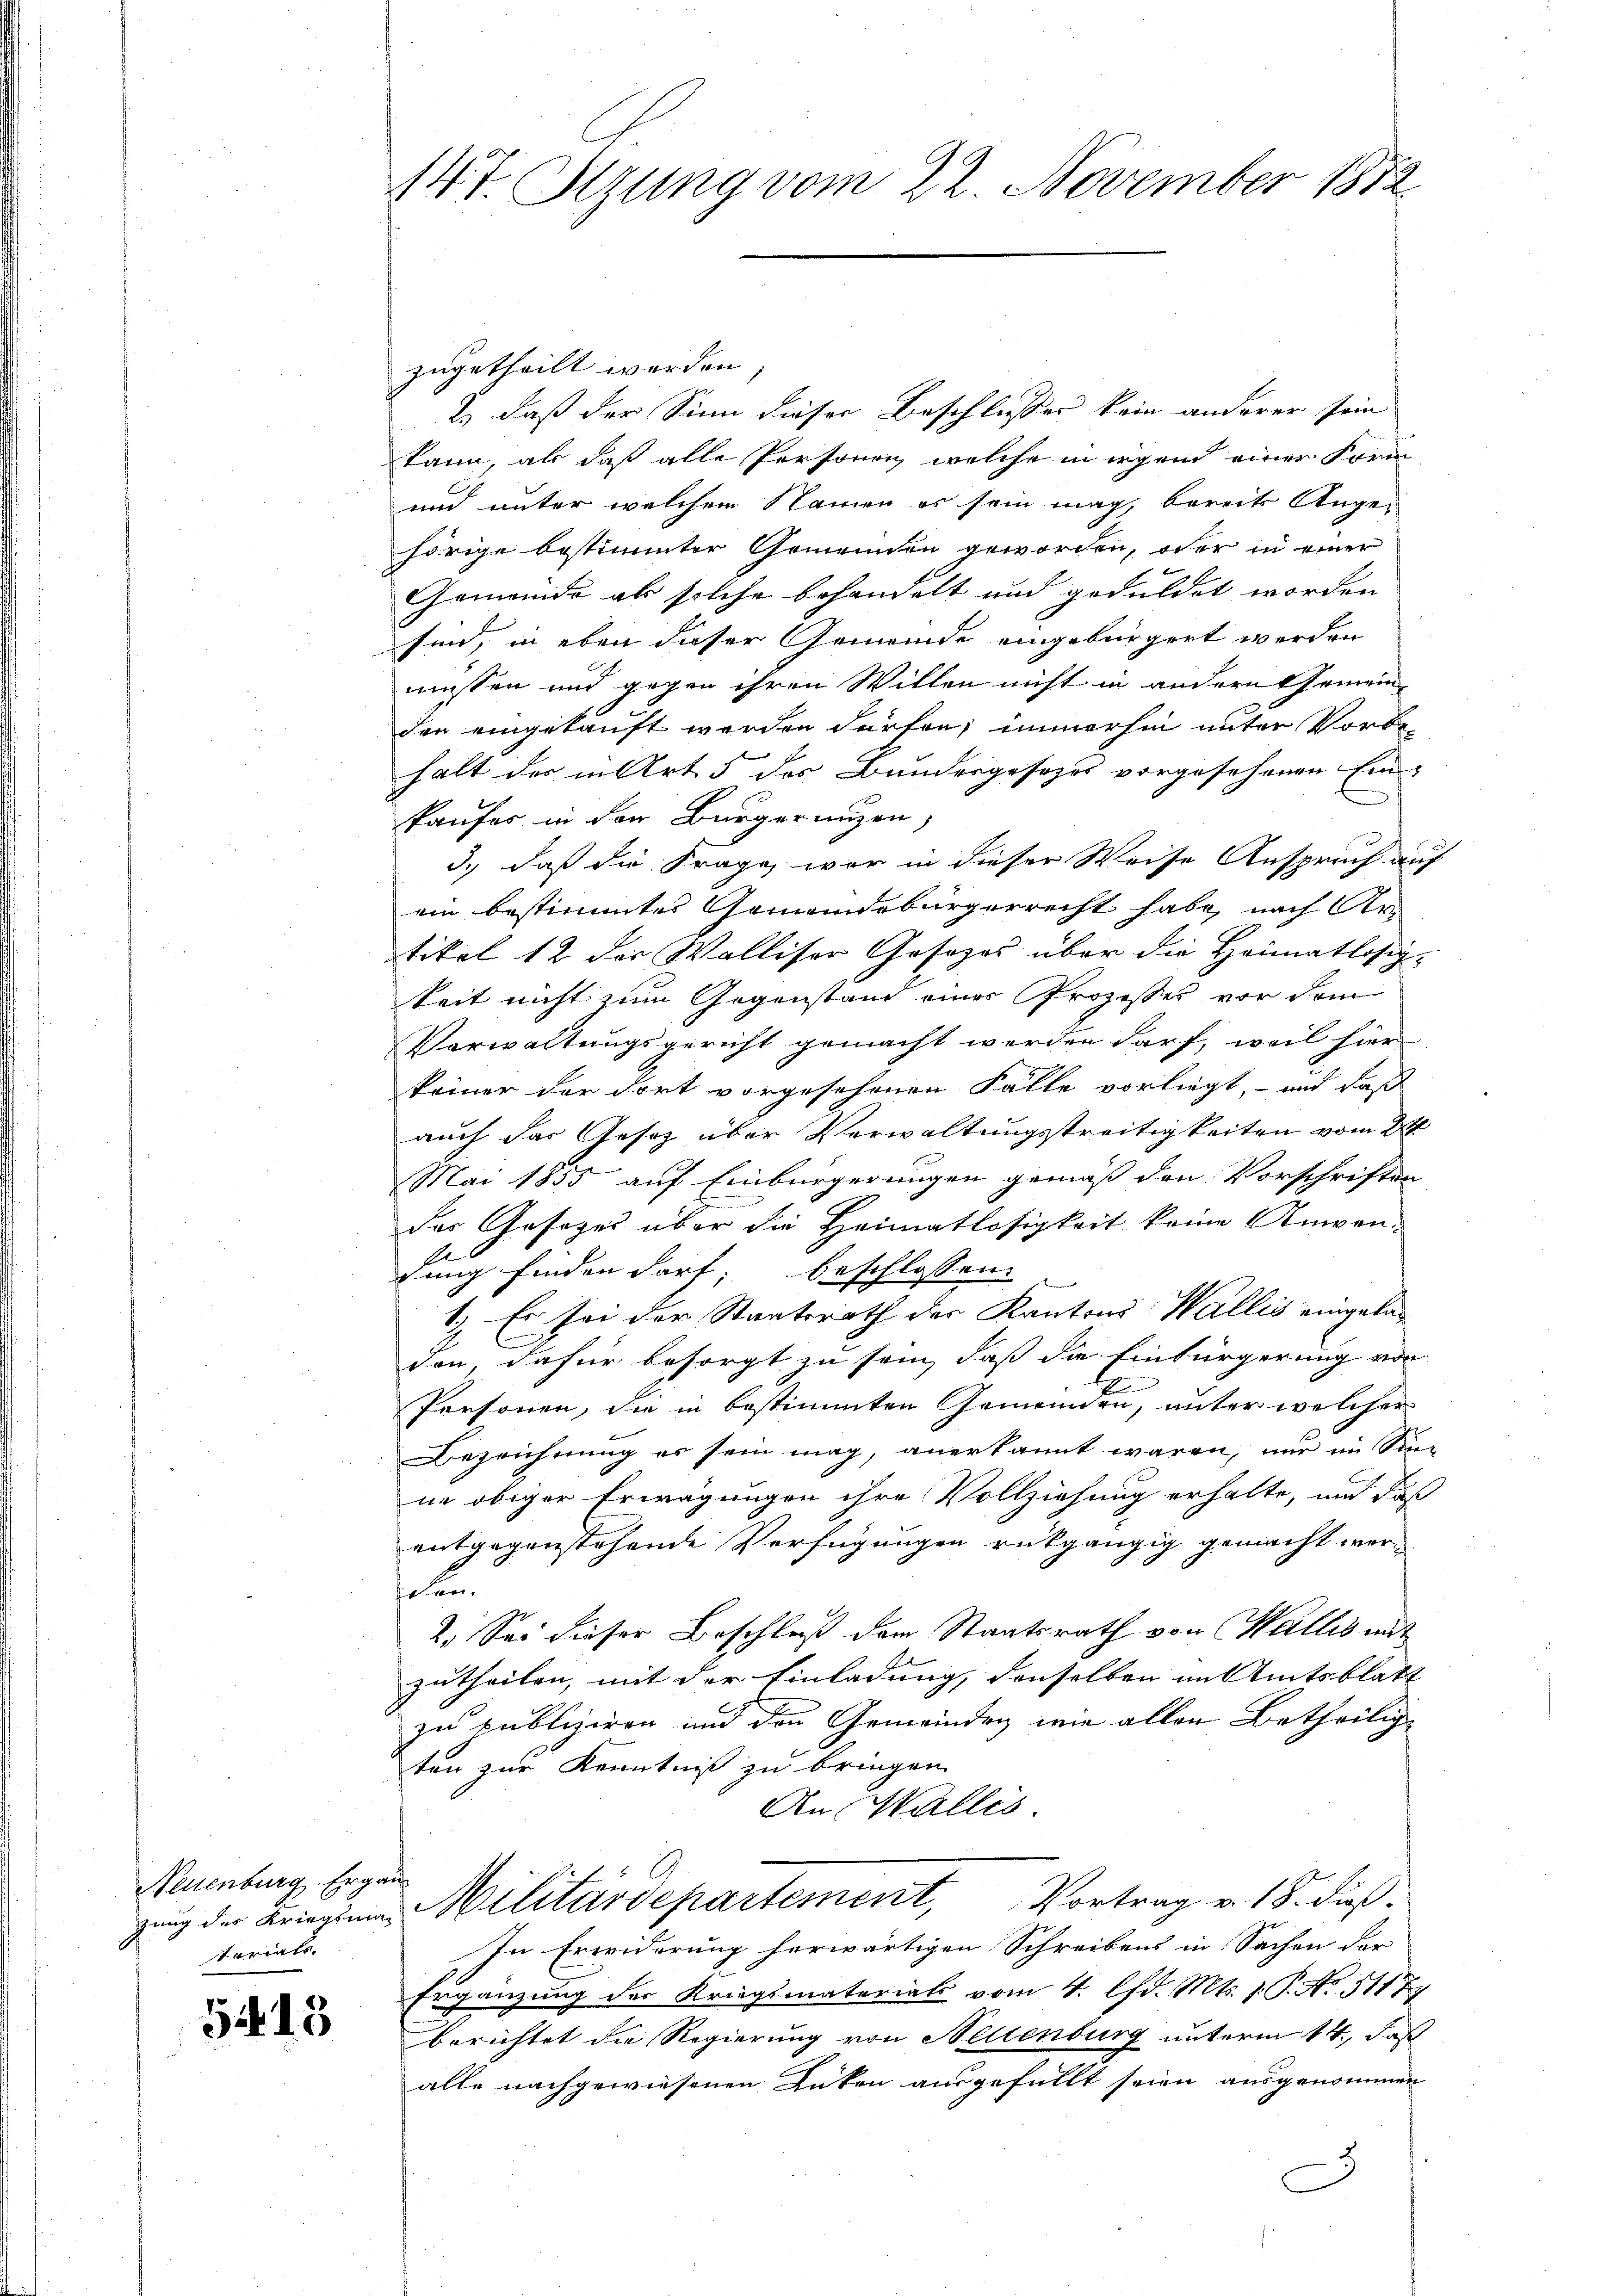
Neuenburg, Ergän
tariats.

5415

147. Sizung vom 22. November 1872

zugetheilt worden.
2.) daß der Sinn dieser Beschlusser kein anderer sein
kann, als daß alle Personen, welche in irgend einer Form
und unter welchem Namen es sein mag, bereits Angehörige bestimmter Gemeinden geworden, oder in einer
Gemeinde als solche behandelt und geduldet worden
.
sind, in eben dieser Gemeinde eingebürgert werden
müssen und gegen ihren Willen nicht in andern Gemeinden eingekauft werden dürfen, immerhin unter Vorbe-
halt der in Art. 5 des Bundesgesezes vorgesehenen Einkaufes in der Bürgerungen,
3.) daß die Frage wir in dieser Weise Anspruch auf
ein bestimmtes Gemeindebürgerrecht habe, nach Artikel 12 der Walliser Gesezes über die Heimatlosigkeit nicht zum Gegenstand einer Prozesses vor dem
Verwaltungsgericht gemacht werden darf, weil hier
keiner der Fort vorgesehenen Fälle vorliegt, – und daß
auch das Gesez über Verwaltungsstreitigkeiten vom 24
Mai 1855 auf Einbürgerungen gemäß den Vorschriften
der Gesetzes über die Heimatlosigkeit keine Anwen-
dung finden darf; beschlossen:
1.) Es sei der Staatsrath der Kantons Wallis eingeladon, dafür besorgt zu sein, daß die Einbürgerung von
e
Personen, die in bestimmten Gemeinden, unter welcher
Bezeichnung es sein mag, anerkannt waren, nur im Sin-
ne obiger Erwägungen ihre Vollziehung erhalte, und daß
entgegenstehende Verfügungen rückgängig gemacht werden
2. Sei dieser Beschluß dem Staatsrath von Wallis mit
zutheilen, mit der Einladung, denselben im Amtsblatt
zu publiziren und den Gemeinden wie allen Betheilige
ten zur Kenntniß zu bringen.
An Wallis
zung der Krieginns Militärdepartement, Vortrag v. 18. dieß
In Erwiderung herwärtigen Schreibens in Sachen der
Ergänzung des Kriegsmaterials vom 4. lfd. Mts. 1. P. No. 51177
Berichtet die Regierung von Hellenburg unterm 14., daß
alle nachgewiesenen Rüken ausgefüllt seien ausgenommen
)